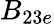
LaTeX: B_{23e}